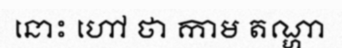
នោះ ហៅ ថា កាម តណ្ហា